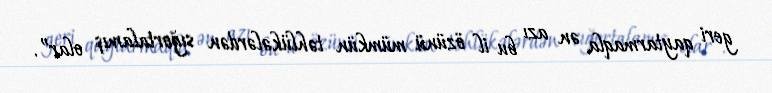
geri qaytarmaqla ən azı bu il özünü mümkün təhlükələrdən sığortalamış olar”.